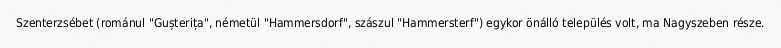
Szenterzsébet (románul "Gușterița", németül "Hammersdorf", szászul "Hammersterf") egykor önálló település volt, ma Nagyszeben része.